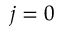
j = 0